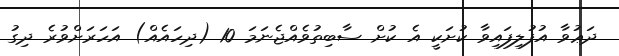
ދަޢުވާ އުފުލިފައިވާ ކުށަކީ އެ ކުށް ސާބިތުވެއްޖެނަމަ 10 (ދިހައެއް) އަހަރަށްވުރެ ދިގު